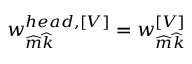
w _ { \widehat { m } \widehat { k } } ^ { h e a d , \left[ V \right] } = w _ { \widehat { m } \widehat { k } } ^ { \left[ V \right] }